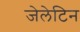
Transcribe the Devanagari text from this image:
जेलेटिन